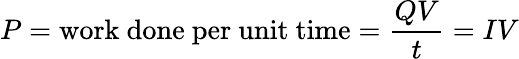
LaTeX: P={\mathrm{work~done~per~unit~time}}={\frac{QV}{t}}=IV